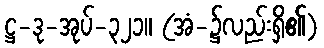
ဋ္ဌ-ဒု-အုပ်-၃၂၁။ (အံ-၌လည်းရှိ၏)